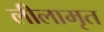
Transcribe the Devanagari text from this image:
लीलामृत